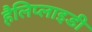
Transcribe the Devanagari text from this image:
हैलिप्लाइडी